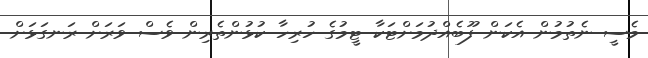
މެސީ ނެތުމުން އެކަން ފޫބެއްދުމަށްޓަކާ ޓީމުގެ ހުރިހާ ކުޅުންތެރިން ވެސް ވަރަށް ރަނގަޅަށް